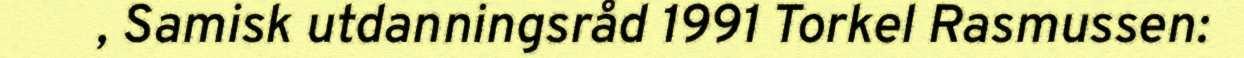
, Samisk utdanningsråd 1991 Torkel Rasmussen: